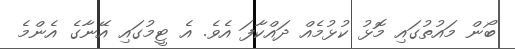
ބޯން މައުތުގައި މޮޅު ކުޅުމެއް ދައްކާފަ އެވެ. އެ ޓީމުގައި އޭނާގެ އެންމެ